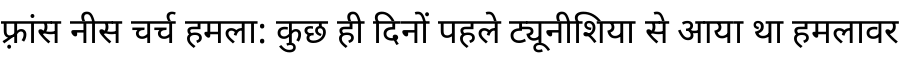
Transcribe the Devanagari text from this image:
फ़्रांस नीस चर्च हमला: कुछ ही दिनों पहले ट्यूनीशिया से आया था हमलावर